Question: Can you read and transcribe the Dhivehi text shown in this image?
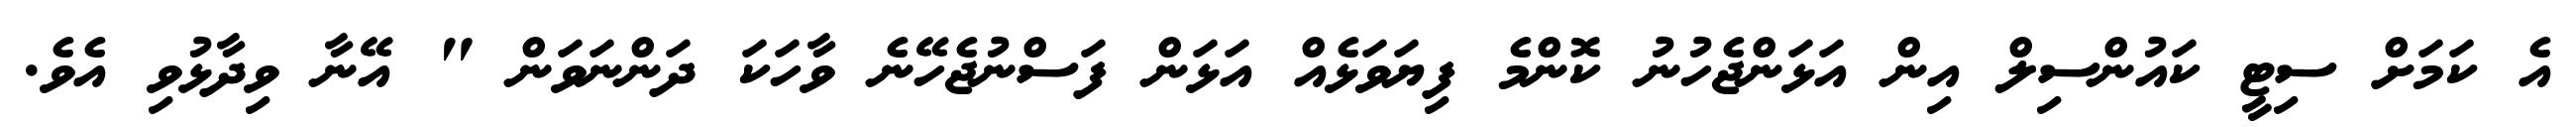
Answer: އެ ކަމަށް ސިޓީ ކައުންސިލް އިން އަޅަންޖެހުނު ކޮންމެ ފިޔަވަޅެއް އަޅަން ފަސްނުޖެހޭނެ ވާހަކަ ދަންނަވަން " އޭނާ ވިދާޅުވި އެވެ.